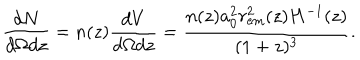
LaTeX: \frac { d N } { d \Omega d z } = n ( z ) \frac { d V } { d \Omega d z } = \frac { n ( z ) a _ { 0 } ^ { 2 } r _ { \mathrm { e m } } ^ { 2 } ( z ) H ^ { - 1 } ( z ) } { ( 1 + z ) ^ { 3 } } .